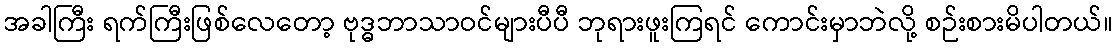
အခါကြီး ရက်ကြီးဖြစ်လေတော့ ဗုဒ္ဓဘာသာဝင်များပီပီ ဘုရားဖူးကြရင် ကောင်းမှာဘဲလို့ စဉ်းစားမိပါတယ်။